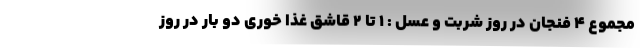
مجموع 4 فنجان در روز شربت و عسل : 1 تا 2 قاشق غذا خوری دو بار در روز